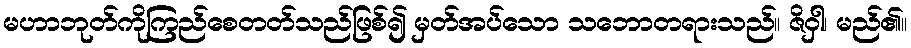
မဟာဘုတ်ကိုကြည်စေတတ်သည်ဖြစ်၍ မှတ်အပ်သော သဘောတရားသည်။ ဇိဝှါ၊ မည်၏။